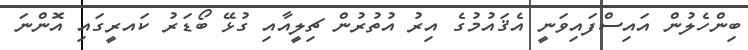
ބިންހެލުން އައިސްފައިވަނީ އެޤައުމުގެ އިރު އުތުރުން ޗިލީއާއި ގުޅޭ ބޯޑަރު ކައރީގައި އޮންނަ